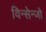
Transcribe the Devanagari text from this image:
विन्सेन्जो